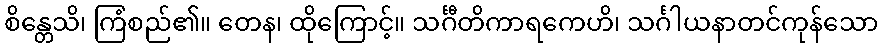
စိန္တေသိ၊ ကြံစည်၏။ တေန၊ ထိုကြောင့်။ သင်္ဂီတိကာရကေဟိ၊ သင်္ဂါယနာတင်ကုန်သော